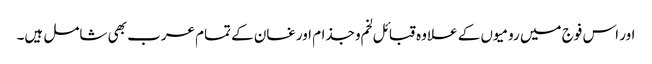
اور اس فوج میں رومیوں کے علاوہ قبائل لخم و جذام اور غسان کے تمام عرب بھی شامل ہیں۔